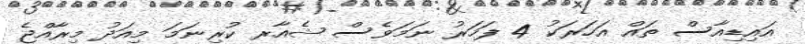
އައިޑިއާސް ތައް އަހަރަކު 4 ފަހަރު ނަމަވެސް ޝެއާރ ކުރިނަމަ މިއަދު މިރާއްޖެ